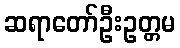
ဆရာတော်ဦးဥတ္တမ